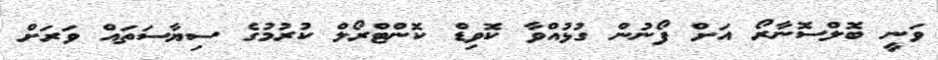
ވަނީ ބޮލްސޮނާރޯ އަށް ފޯނުން ގުޅުއްވާ ކޮވިޑް ކޮންޓްރޯލް ކުރުމުގެ ސިޔާސަތައް ވަރަށް